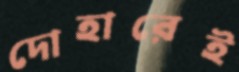
দোহারেই